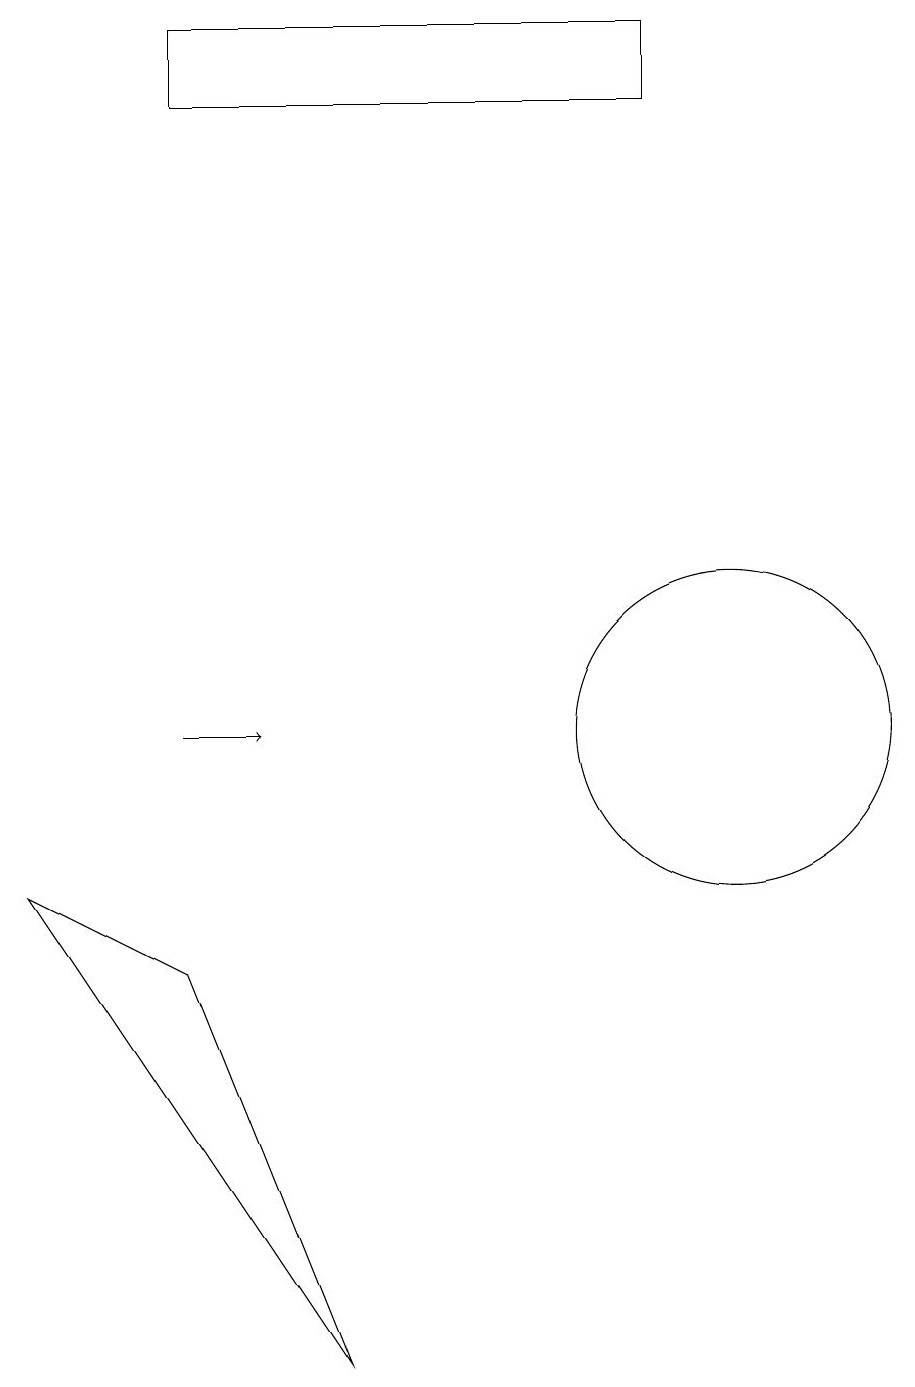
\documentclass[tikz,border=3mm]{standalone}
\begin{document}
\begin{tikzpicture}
\draw (9,19) rectangle (3,18);
\draw[->] (3,10) -- (4,10);
\draw (1,8) -- (3,7) -- (5,2) -- cycle;
\draw (10,10) circle (2);
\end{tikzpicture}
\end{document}